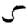
Digit: 5